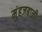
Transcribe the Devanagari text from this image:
मुंहज़बानी